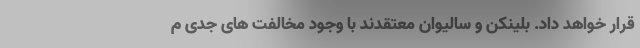
قرار خواهد داد. بلینکن و سالیوان معتقدند با وجود مخالفت های جدی م